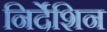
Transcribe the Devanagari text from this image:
निर्देशिन